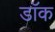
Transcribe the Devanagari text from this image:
डाॅक